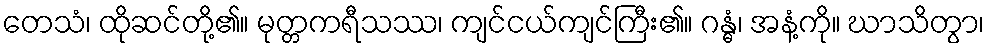
တေသံ၊ ထိုဆင်တို့၏။ မုတ္တကရီသဿ၊ ကျင်ငယ်ကျင်ကြီး၏။ ဂန္ဓံ၊ အနံ့ကို။ ဃာသိတွာ၊